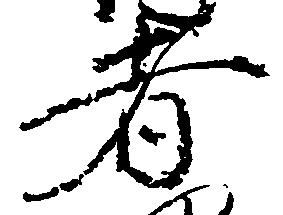
者